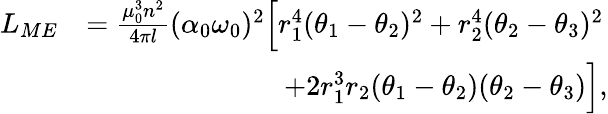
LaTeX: \begin{array}{rl}{L_{ME}}&{=\frac{\mu_{0}^{3}n^{2}}{4\pi l}(\alpha_{0}\omega_{0})^{2}\Big[r_{1}^{4}(\theta_{1}-\theta_{2})^{2}+r_{2}^{4}(\theta_{2}-\theta_{3})^{2}}\\ &{\qquad\qquad\qquad\quad+2r_{1}^{3}r_{2}(\theta_{1}-\theta_{2})(\theta_{2}-\theta_{3})\Big],}\end{array}